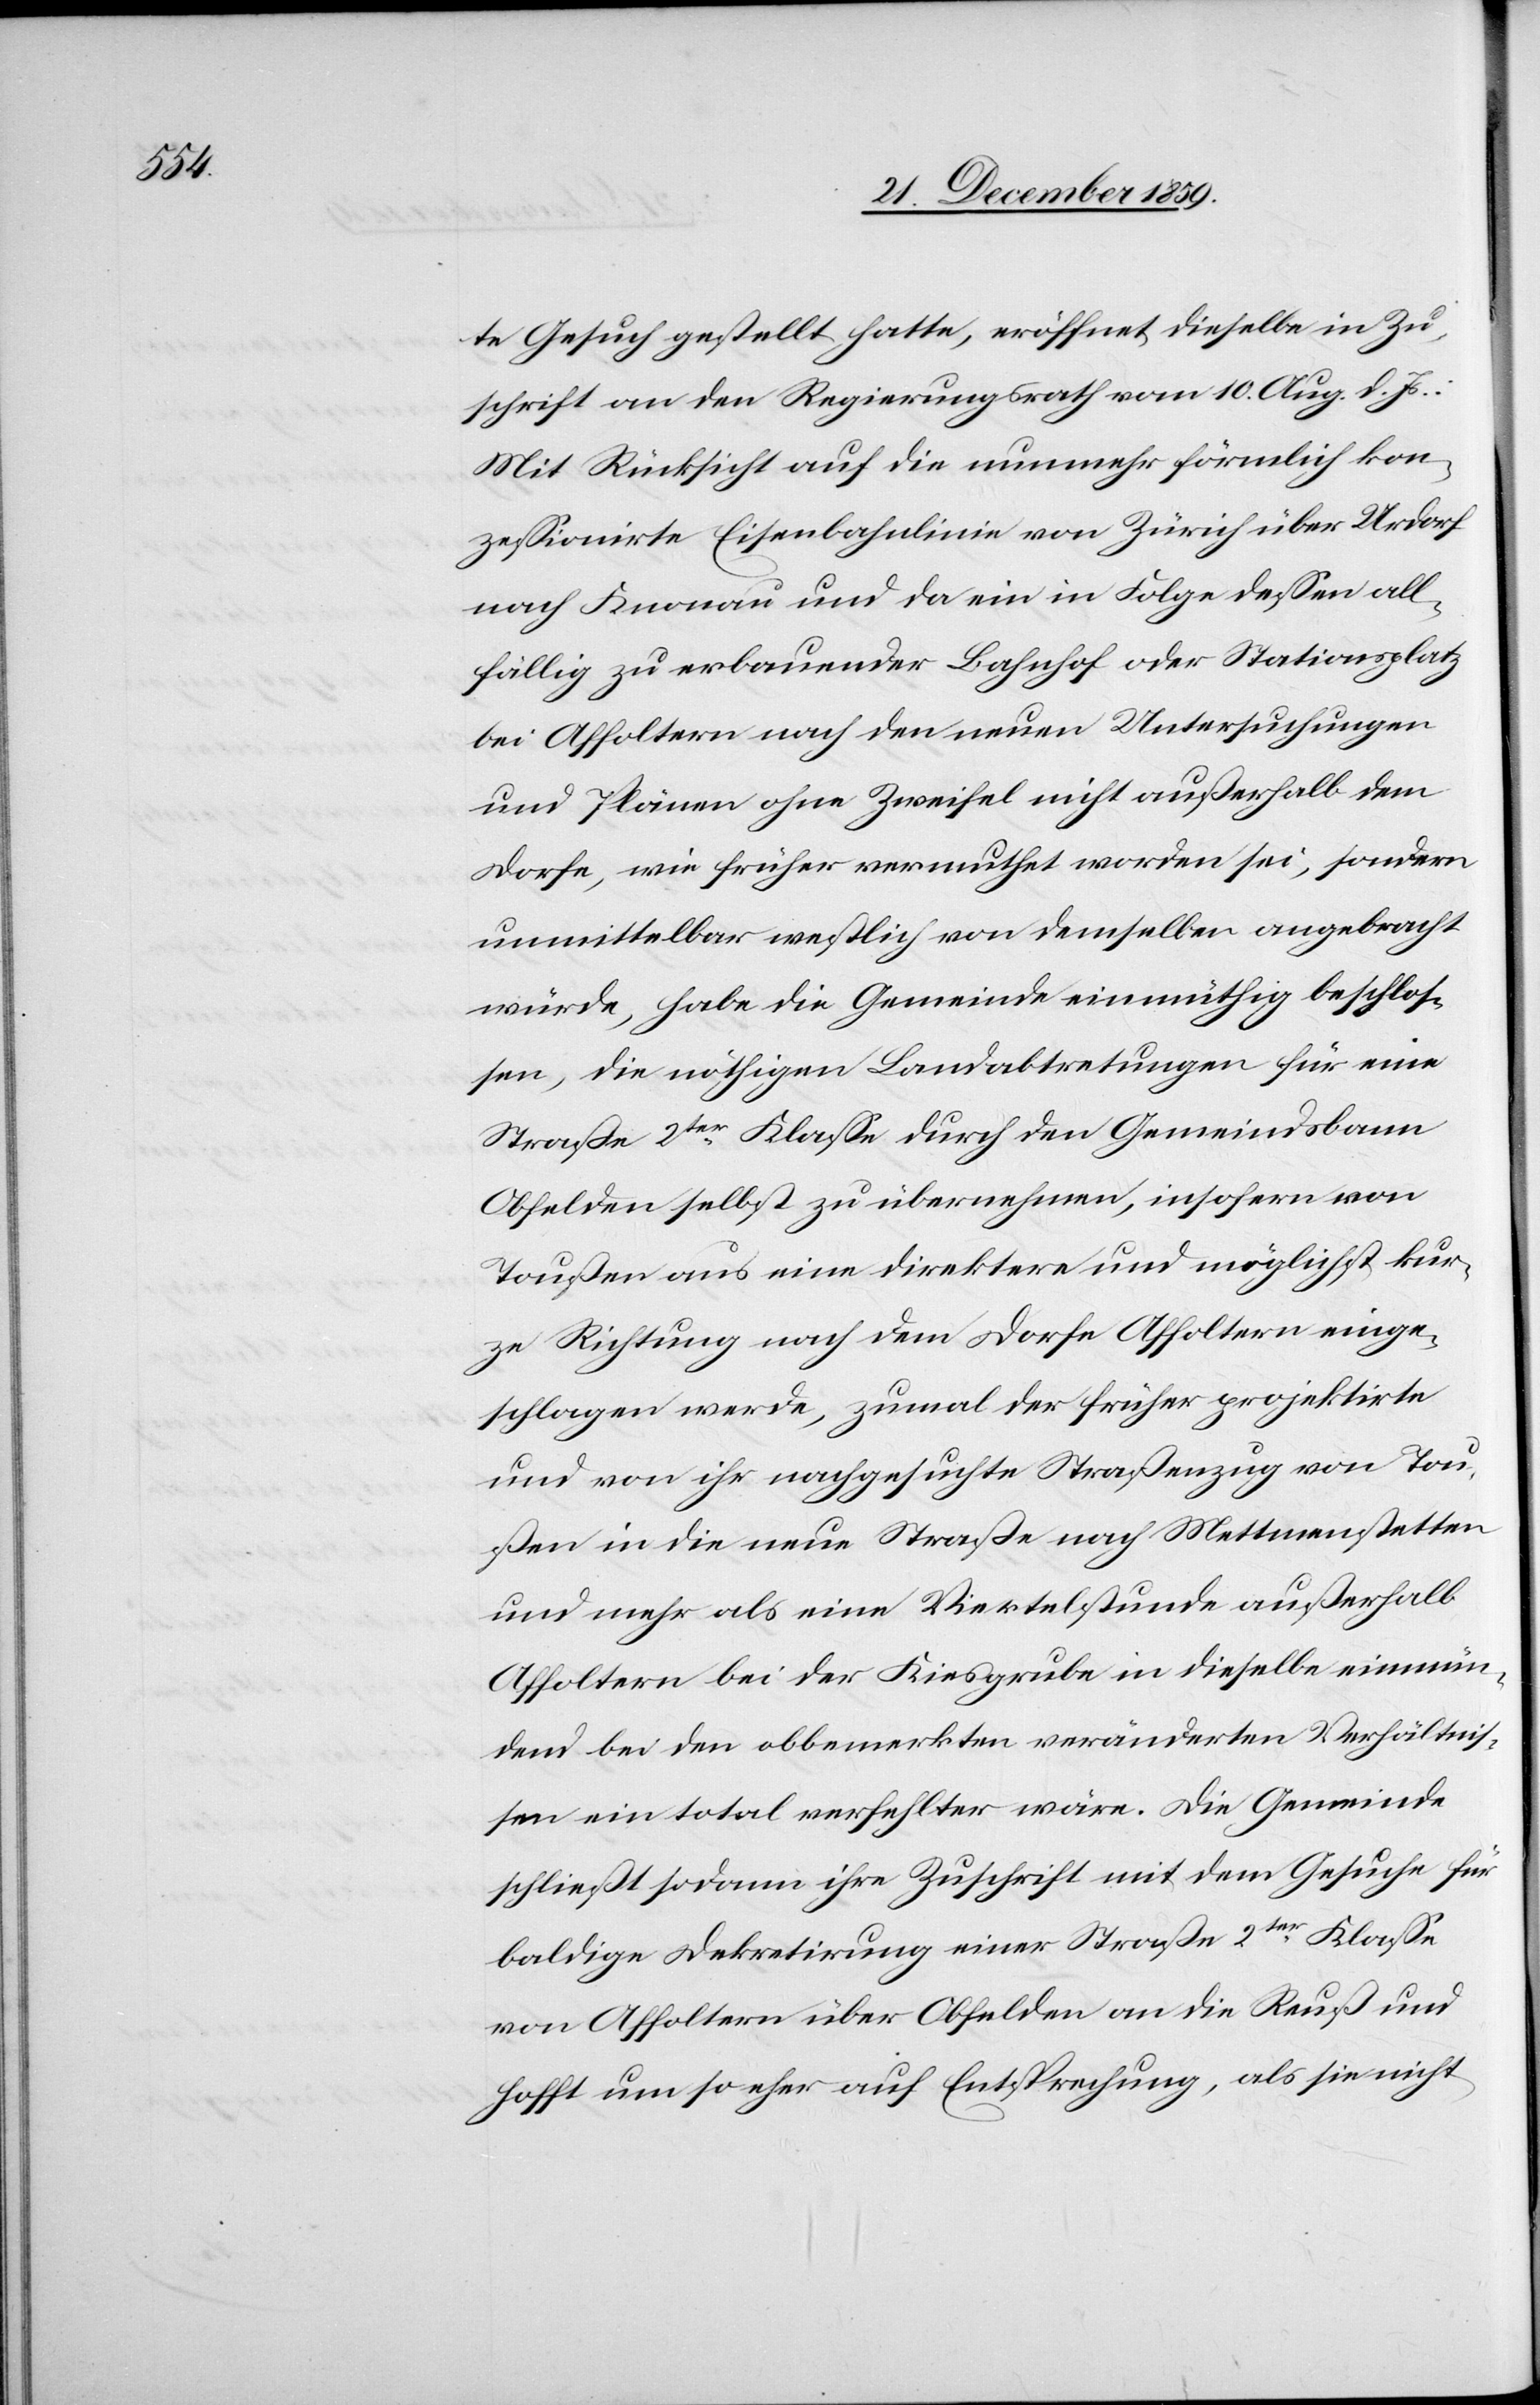
te Gesuch gestellt hatte, eröffnet dieselbe in Zu¬
schrift an den Regierungsrath vom 10. Aug. d. Js.:
Mit Rücksicht auf die nunmehr förmlich kon¬
zessionirte Eisenbahnlinie von Zürich über Urdorf
nach Knonau und da ein in Folge dessen all¬
fällig zu erbauender Bahnhof oder Stationsplatz
bei Affoltern nach den neuen Untersuchungen
und Plänen ohne Zweifel nicht außerhalb dem
Dorfe, wie früher vermuthet worden sei, sondern
unmittelbar westlich von demselben angebracht
würde, habe die Gemeinde einmüthig beschlos¬
sen, die nöthigen Landabtretungen für eine
Straße 2ter Klasse durch den Gemeindsbann
Obfelden selbst zu übernehmen, insofern von
Toußen aus eine direktere und möglichst kur¬
ze Richtung nach dem Dorfe Affoltern einge¬
schlagen werde, zumal der früher projektirte
und von ihr nachgesuchte Straßenzug von Tou¬
ßen in die neue Straße nach Mettmenstetten
und mehr als eine Viertelstunde außerhalb
Affoltern bei der Kiesgrube in dieselbe einmün¬
dend bei den obbemerkten veränderten Verhältnis¬
sen ein total verfehlter wäre. Die Gemeinde
schließt sodann ihre Zuschrift mit dem Gesuche für
baldige Dekretirung einer Straße 2ter Klasse
von Affoltern über Obfelden an die Reuß und
hofft um so eher auf Entsprechung, als sie nicht